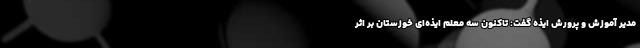
مدیر آموزش و پرورش ایذه گفت: تاکنون سه معلم ایذه‌ای خوزستان بر اثر